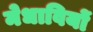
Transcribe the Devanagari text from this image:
मेधावियों